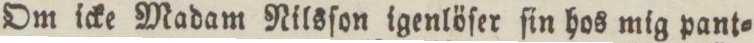
Om icke Madam Nilsſon igenlöſer ſin hos mig pant=